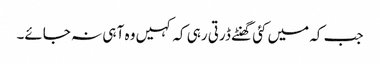
جب کہ میں کئی گھنٹے ڈرتی رہی کہ کہیں وہ آ ہی نہ جائے۔